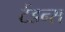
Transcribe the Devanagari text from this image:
टेंडन्स